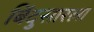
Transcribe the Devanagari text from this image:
बिंदुसारला